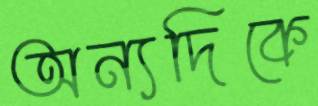
অন্যদিকে